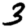
Digit: 3